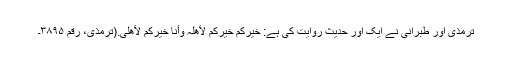
ترمذی اور طبرانی نے ایک اور حدیث روایت کی ہے: خیرکم خیرکم لأھلہ وأنا خیرکم لأھلی.(ترمذی، رقم ۳۸۹۵۔